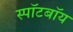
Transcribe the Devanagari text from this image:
स्पॉटबॉय